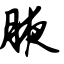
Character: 腋